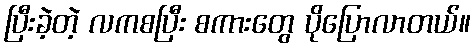
ပြီးခဲ့တဲ့ လကစပြီး စကားတွေ ပိုပြောလာတယ်။